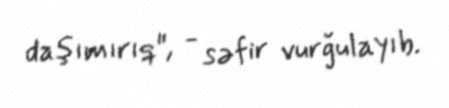
daşımırıq", - səfir vurğulayıb.